Indian journal of veterinary science and animal husbandry - Volumes 24-25, 1954-1955
Year: 1954
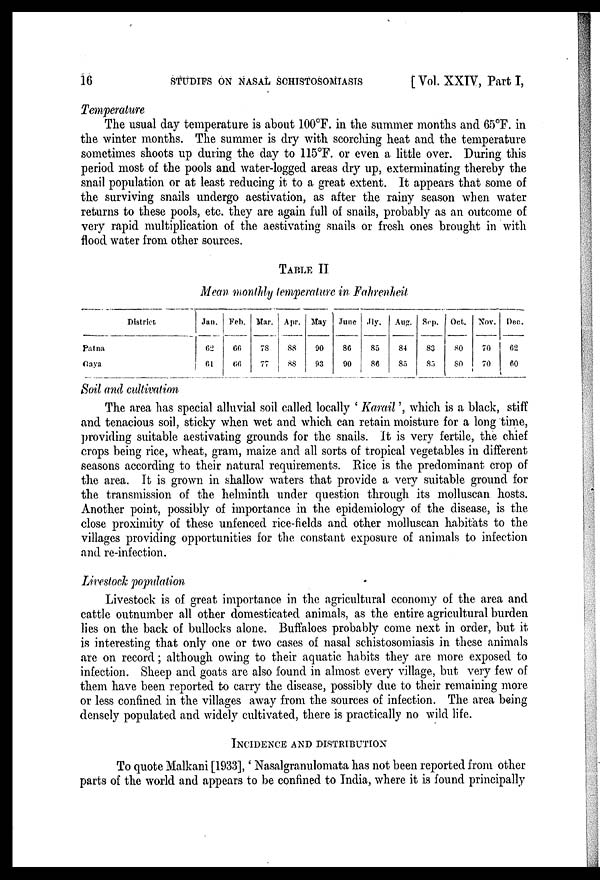
16
STUDIFS ON NASAL SCHISTOSOMIASIS
[Vol. XXIV, Part I,
Temperature
The usual day temperature is about 100ºF. in the summer months and 65°F. in
the winter months. The summer is dry with scorching heat and the temperature
sometimes shoots up during the day to 115°F. or even a little over. During this
period most of the pools and water-logged areas dry up, exterminating thereby the
snail population or at least reducing it to a great extent. It appears that some of
the surviving snails undergo aestivation, as after the rainy season when water
returns to these pools, etc. they are again full of snails, probably as an outcome of
very rapid multiplication of the aestivating snails or fresh ones brought in with
flood water from other sources.
TABLE II
Mean monthly temperature in Fahrenheit
District
Patna
Gaya
Jan.
62
61
Feb.
66
66
Mar.
78
77
Apr.
88
88
May.
90
93
June.
86
90
Jly.
85
86
Aug.
84
85
Sep.
83
85
Oct.
80
80
Nov.
70
70
Dec.
62
60
Soil and cultivation
The area has special alluvial soil called locally 'Karail', which is a black, stiff
and tenacious soil, sticky when wet and which can retain moisture for a long time,
providing suitable aestivating grounds for the snails. It is very fertile, the chief
crops being rice, wheat, gram, maize and all sorts of tropical vegetables in different
seasons according to their natural requirements. Rice is the predominant crop of
the area. It is grown in shallow waters that provide a very suitable ground for
the transmission of the helminth under question through its molluscan hosts.
Another point, possibly of importance in the epidemiology of the disease, is the
close proximity of these unfenced rice-fields and other molluscan habitats to the
villages providing opportunities for the constant exposure of animals to infection
and re-infection.
Livestock population
Livestock is of great importance in the agricultural economy of the area and
cattle outnumber all other domesticated animals, as the entire agricultural burden
lies on the back of bullocks alone. Buffaloes probably come next in order, but it
is interesting that only one or two cases of nasal schistosomiasis in these animals
are on record; although owing to their aquatic habits they are more exposed to
infection. Sheep and goats are also found in almost every village, but very few of
them have been reported to carry the disease, possibly due to their remaining more
or less confined in the villages away from the sources of infection. The area being
densely populated and widely cultivated, there is practically no wild life.
INCIDENCE AND DISTRIBUTION
To quote Malkani [1933],' Nasalgranulomata has not been reported from other
parts of the world and appears to be confined to India, where it is found principally